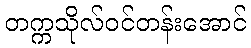
တက္ကသိုလ်ဝင်တန်းအောင်